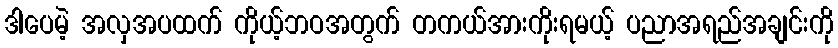
ဒါပေမဲ့ အလှအပထက် ကိုယ့်ဘဝအတွက် တကယ်အားကိုးရမယ့် ပညာအရည်အချင်းကို